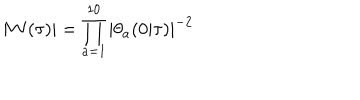
| W ( \tau ) | = \prod _ { a = 1 } ^ { 1 0 } | \theta _ { a } ( 0 | \tau ) | ^ { - 2 }